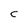
Character: C